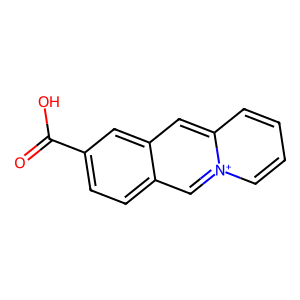
SMILES: O=C(O)c1ccc2c[n+]3ccccc3cc2c1
Inhibits HIV replication: No